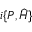
i \{ { \cal P } , \widehat { H } \}